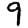
Digit: 9